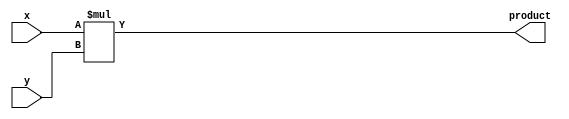
`timescale 1ns / 1ps

module multiplier(product,x,y);

output reg[5:0] product;
input [1:0] x;
input [3:0] y;

always @(x,y)
product = x*y;

endmodule